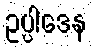
ဥပ္ပါဒေန